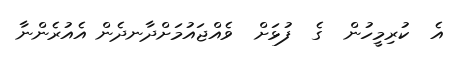
އެ  ކުރިމީހުން  ގެ  ފުޅަށް  ވެއްޖައުމަށްދާނދެން އެއުރެންނާ